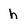
Character: h